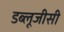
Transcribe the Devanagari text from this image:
डब्लूजीसी